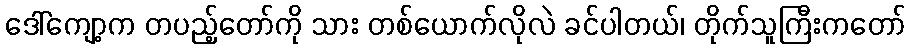
ဒေါ်ကျော့က တပည့်တော်ကို သား တစ်ယောက်လိုလဲ ခင်ပါတယ်၊ တိုက်သူကြီးကတော်